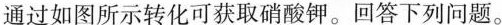
通过如图所示转化可获取硝酸钾。回答下列问题。